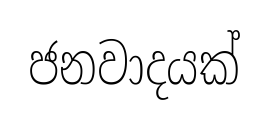
ජනවාදයක්